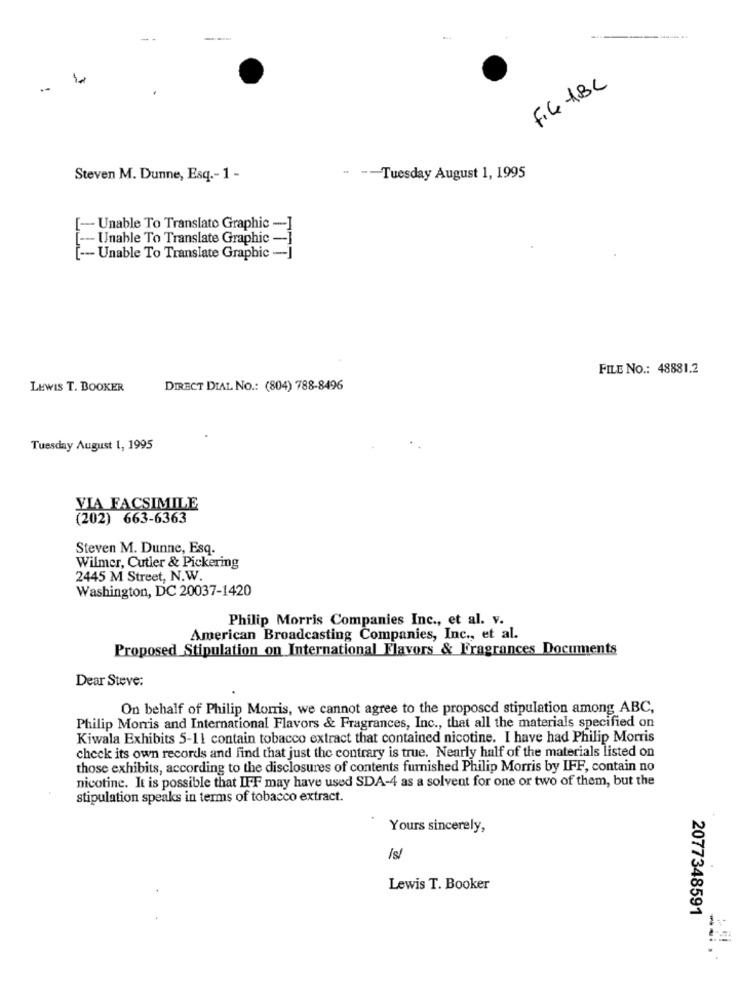
FIG -ABC
Steven M. Dunne, Esq .- 1 -
-Tuesday August 1, 1995
[- Unable To Translate Graphic -]
--- Unable To Translate Graphic -]
[ --- Unable To Translate Graphic -]
FILE NO .: 48881.2
LEWIS T. BOOKER
DIRECT DIAL NO .: (804) 788-8496
Tuesday August 1, 1995
VIA FACSIMILE
(202) 663-6363
Steven M. Dunne, Esq.
Wilmer, Cutler & Pickering
2445 M Street, N.W.
Washington, DC 20037-1420
Philip Morris Companies Inc ., et al. v.
American Broadcasting Companies, Inc ., et al.
Proposed Stipulation on International Flavors & Fragrances Documents
Dear Steve:
On behalf of Philip Morris, we cannot agree to the proposed stipulation among ABC,
Philip Morris and International Flavors & Fragrances, Inc ., that all the materials specified on
Kiwala Exhibits 5-11 contain tobacco extract that contained nicotine. I have had Philip Morris
check its own records and find that just the contrary is true. Nearly half of the materials listed on
those exhibits, according to the disclosures of contents furnished Philip Morris by IFF, contain no
nicotine. It is possible that IFF may have used SDA-4 as a solvent for one or two of them, but the
stipulation speaks in terms of tobacco extract.
Yours sincerely,
İsl
Lewis T. Booker
2077348591